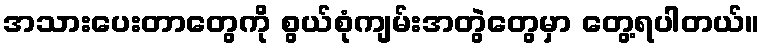
အသားပေးတာတွေကို စွယ်စုံကျမ်းအတွဲတွေမှာ တွေ့ရပါတယ်။